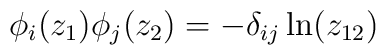
\phi_i (z_1)\phi_j (z_2) = -\delta_{ij} \ln (z_{12})